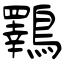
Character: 鸅